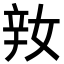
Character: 𨐎